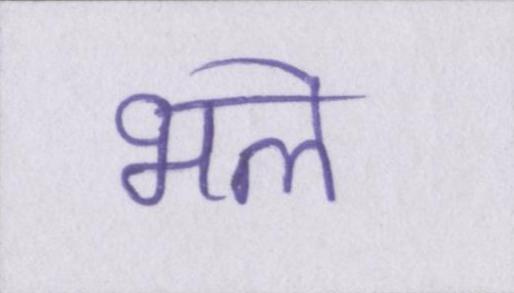
भले